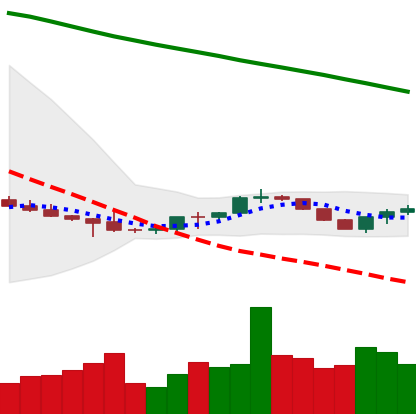
Ticker: BTC-USD
Chart end date: 2022-07-15
Forward return: 11.496%
Label: up_7plus